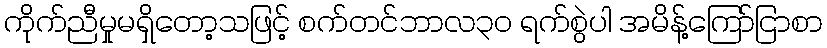
ကိုက်ညီမှုမရှိတော့သဖြင့် စက်တင်ဘာလ၃၀ ရက်စွဲပါ အမိန့်ကြော်ငြာစာ